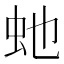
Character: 虵